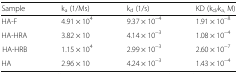
<table><thead><tr><td><b>Sample</b></td><td><b>k<sub>a</sub> (1/Ms)</b></td><td><b>k<sub>d</sub> (1/s)</b></td><td><b>KD (k<sub>d/</sub>k<sub>a,</sub> M)</b></td></tr></thead><tbody><tr><td>HA-F</td><td>4.91 × 10<sup>4</sup></td><td>9.37 × 10<sup>−4</sup></td><td>1.91 × 10<sup>−8</sup></td></tr><tr><td>HA-HRA</td><td>3.82 × 10</td><td>4.14 × 10<sup>−3</sup></td><td>1.08 × 10<sup>−4</sup></td></tr><tr><td>HA-HRB</td><td>1.15 × 10<sup>4</sup></td><td>2.99 × 10<sup>−3</sup></td><td>2.60 × 10<sup>−7</sup></td></tr><tr><td>HA</td><td>2.96 × 10</td><td>4.24 × 10<sup>−3</sup></td><td>1.43 × 10<sup>−4</sup></td></tr></tbody></table>